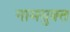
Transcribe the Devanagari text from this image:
नामयुक्त